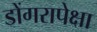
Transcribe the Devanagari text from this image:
डोंगरापेक्षा